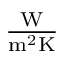
\textstyle \mathrm { { \frac { W } { m ^ { 2 } K } } }